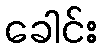
ခေါင်း